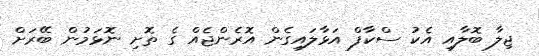
ޖިލާ ބޮލާއި އެކު ސްކާފް އަޅާލައިގެން އޮރެންޖެއް ގެ ތޮށި ނޮޅަމުން ބޭރަށް